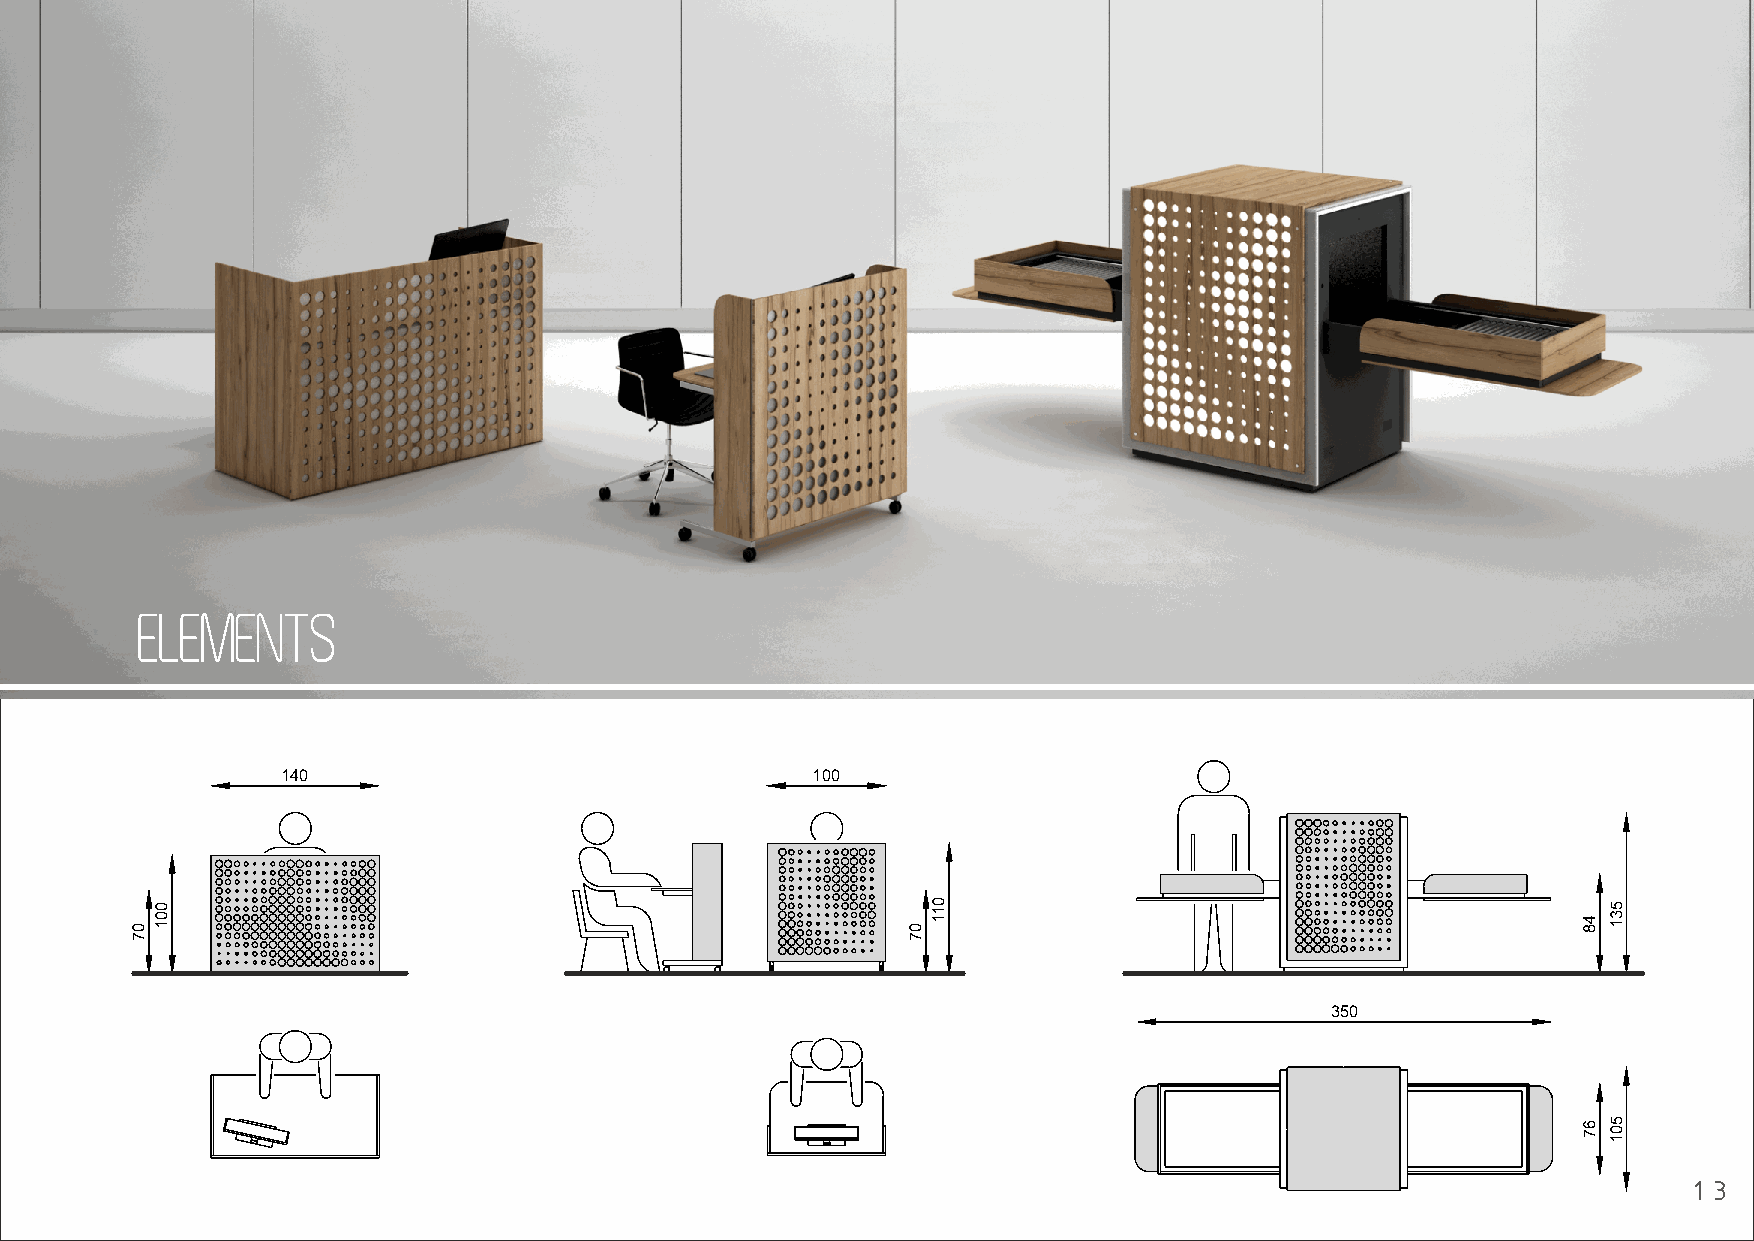
ELEMENTS
 140                                100
 350
 13
 07
 001
 07
 011
 48
 67
 531
 501